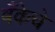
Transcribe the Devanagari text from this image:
बँकेचे